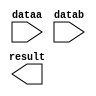
// megafunction wizard: %LPM_ADD_SUB%VBB%
// GENERATION: STANDARD
// VERSION: WM1.0
// MODULE: lpm_add_sub 

// ============================================================
// Megafunction Name(s):
// 			lpm_add_sub
//
// Simulation Library Files(s):
// 			lpm
// ============================================================
// ************************************************************
// THIS IS A WIZARD-GENERATED FILE. DO NOT EDIT THIS FILE!
//
// 9.1 Build 222 10/21/2009 SJ Full Version
// ************************************************************

//Copyright (C) 1991-2009 Altera Corporation
//Your use of Altera Corporation's design tools, logic functions 
//and other software and tools, and its AMPP partner logic 
//functions, and any output files from any of the foregoing 
//(including device programming or simulation files), and any 
//associated documentation or information are expressly subject 
//to the terms and conditions of the Altera Program License 
//Subscription Agreement, Altera MegaCore Function License 
//Agreement, or other applicable license agreement, including, 
//without limitation, that your use is for the sole purpose of 
//programming logic devices manufactured by Altera and sold by 
//Altera or its authorized distributors.  Please refer to the 
//applicable agreement for further details.

module lpm_add_sub_32b (
	dataa,
	datab,
	result);

	input	[31:0]  dataa;
	input	[31:0]  datab;
	output	[31:0]  result;

endmodule

// ============================================================
// CNX file retrieval info
// ============================================================
// Retrieval info: PRIVATE: CarryIn NUMERIC "0"
// Retrieval info: PRIVATE: CarryOut NUMERIC "0"
// Retrieval info: PRIVATE: ConstantA NUMERIC "0"
// Retrieval info: PRIVATE: ConstantB NUMERIC "0"
// Retrieval info: PRIVATE: Function NUMERIC "0"
// Retrieval info: PRIVATE: INTENDED_DEVICE_FAMILY STRING "Cyclone II"
// Retrieval info: PRIVATE: LPM_PIPELINE NUMERIC "0"
// Retrieval info: PRIVATE: Latency NUMERIC "0"
// Retrieval info: PRIVATE: Overflow NUMERIC "0"
// Retrieval info: PRIVATE: RadixA NUMERIC "10"
// Retrieval info: PRIVATE: RadixB NUMERIC "10"
// Retrieval info: PRIVATE: Representation NUMERIC "1"
// Retrieval info: PRIVATE: SYNTH_WRAPPER_GEN_POSTFIX STRING "0"
// Retrieval info: PRIVATE: ValidCtA NUMERIC "0"
// Retrieval info: PRIVATE: ValidCtB NUMERIC "0"
// Retrieval info: PRIVATE: WhichConstant NUMERIC "0"
// Retrieval info: PRIVATE: aclr NUMERIC "0"
// Retrieval info: PRIVATE: clken NUMERIC "0"
// Retrieval info: PRIVATE: nBit NUMERIC "32"
// Retrieval info: CONSTANT: LPM_DIRECTION STRING "ADD"
// Retrieval info: CONSTANT: LPM_HINT STRING "ONE_INPUT_IS_CONSTANT=NO,CIN_USED=NO"
// Retrieval info: CONSTANT: LPM_REPRESENTATION STRING "UNSIGNED"
// Retrieval info: CONSTANT: LPM_TYPE STRING "LPM_ADD_SUB"
// Retrieval info: CONSTANT: LPM_WIDTH NUMERIC "32"
// Retrieval info: USED_PORT: dataa 0 0 32 0 INPUT NODEFVAL dataa[31..0]
// Retrieval info: USED_PORT: datab 0 0 32 0 INPUT NODEFVAL datab[31..0]
// Retrieval info: USED_PORT: result 0 0 32 0 OUTPUT NODEFVAL result[31..0]
// Retrieval info: CONNECT: result 0 0 32 0 @result 0 0 32 0
// Retrieval info: CONNECT: @dataa 0 0 32 0 dataa 0 0 32 0
// Retrieval info: CONNECT: @datab 0 0 32 0 datab 0 0 32 0
// Retrieval info: LIBRARY: lpm lpm.lpm_components.all
// Retrieval info: GEN_FILE: TYPE_NORMAL lpm_add_sub_32b.v TRUE
// Retrieval info: GEN_FILE: TYPE_NORMAL lpm_add_sub_32b.inc FALSE
// Retrieval info: GEN_FILE: TYPE_NORMAL lpm_add_sub_32b.cmp FALSE
// Retrieval info: GEN_FILE: TYPE_NORMAL lpm_add_sub_32b.bsf TRUE FALSE
// Retrieval info: GEN_FILE: TYPE_NORMAL lpm_add_sub_32b_inst.v FALSE
// Retrieval info: GEN_FILE: TYPE_NORMAL lpm_add_sub_32b_bb.v TRUE
// Retrieval info: GEN_FILE: TYPE_NORMAL lpm_add_sub_32b_waveforms.html TRUE
// Retrieval info: GEN_FILE: TYPE_NORMAL lpm_add_sub_32b_wave*.jpg FALSE
// Retrieval info: LIB_FILE: lpm